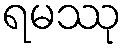
ရမဿု